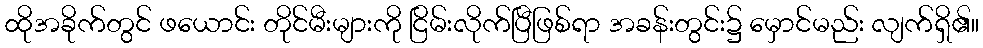
ထိုအခိုက်တွင် ဖယောင်း တိုင်မီးများကို ငြိမ်းလိုက်ပြီဖြစ်ရာ အခန်းတွင်း၌ မှောင်မည်း လျက်ရှိ၏။